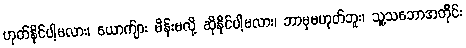
ဟုတ်နိုင်ပါ့မလား၊ ယောက်ျား မိန်းမလို့ ဆိုနိုင်ပါ့မလား၊ ဘာမှမဟုတ်ဘူး၊ သူ့သဘောအတိုင်း